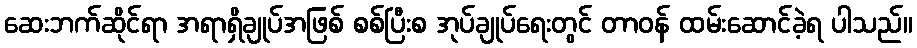
ဆေးဘက်ဆိုင်ရာ အရာရှိချုပ်အဖြစ် စစ်ပြီးစ အုပ်ချုပ်ရေးတွင် တာဝန် ထမ်းဆောင်ခဲ့ရ ပါသည်။